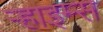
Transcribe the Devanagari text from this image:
ऱ्हाइम्स